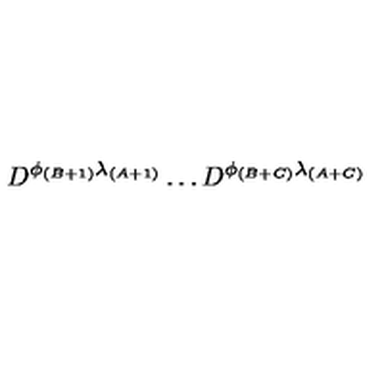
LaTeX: D ^ { \phi _ { ( B + 1 ) } \lambda _ { ( A + 1 ) } } \dots D ^ { \phi _ { ( B + C ) } \lambda _ { ( A + C ) } }